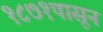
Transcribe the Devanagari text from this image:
१८७१पासून